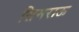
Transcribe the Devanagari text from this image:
सिमराऊ